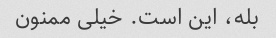
بله، این است. خیلی ممنون